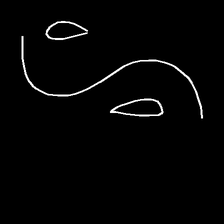
Glyph: water